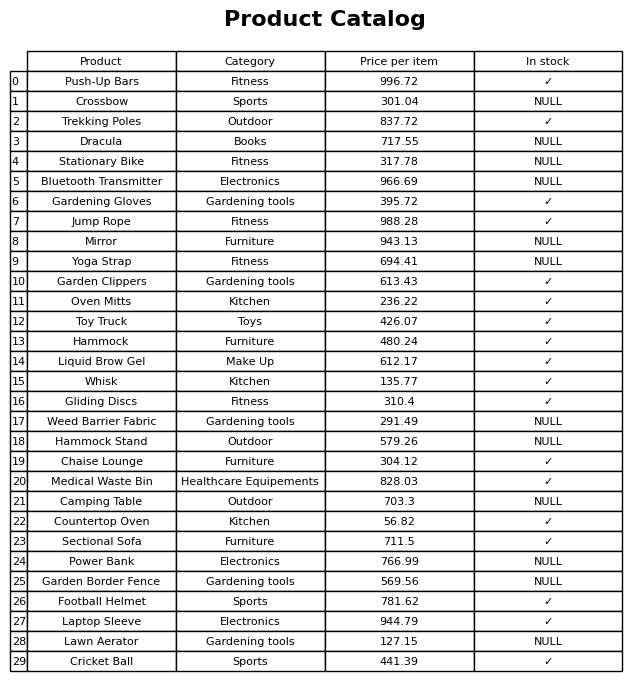
question: What is the price for Garden Clippers?
answer: The price of Garden Clippers is 613.43.